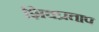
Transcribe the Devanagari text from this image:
शिवप्रताप